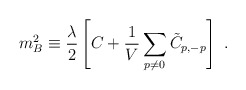
\begin{align*}m_B ^2\equiv {\lambda\over 2}\left[{C }+ {1\over V} \sum_{p\neq 0} \tilde{C}_{p,-p}\right]~.\end{align*}